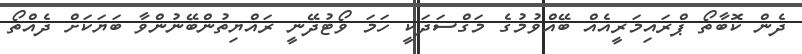
ދެން ކޮބާތޯ ޕްރައިމަރީއެއް ބޭއްވުމުގެ މަގްސަދަކީ ހަމަ ވޯޓުދޭނީ ރައްޔިތުންބޭނުންވާ ބަޔަކަށް ދެއްތޯ